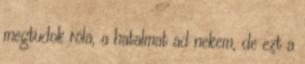
megtudok róla, a hatalmat ad nekem, de ezt a